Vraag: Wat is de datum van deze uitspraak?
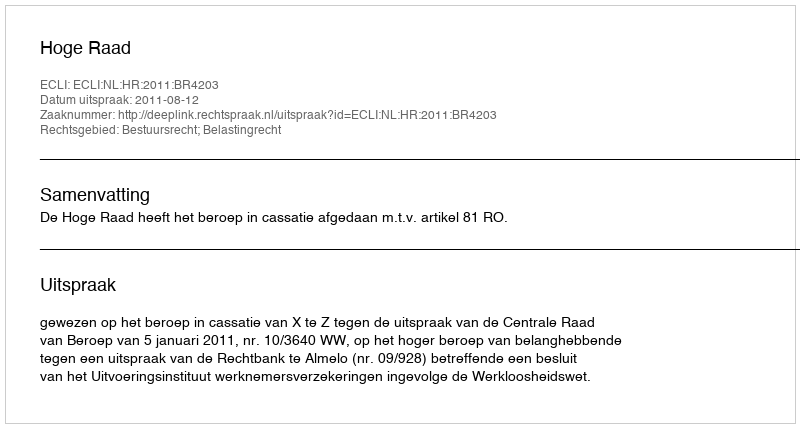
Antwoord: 2011-08-12